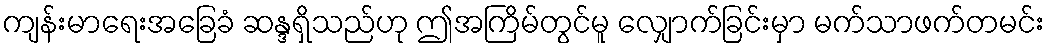
ကျန်းမာရေးအခြေခံ ဆန္ဒရှိသည်ဟု ဤအကြိမ်တွင်မူ လျှောက်ခြင်းမှာ မက်သာဖက်တမင်း